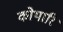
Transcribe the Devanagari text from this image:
कोथारि